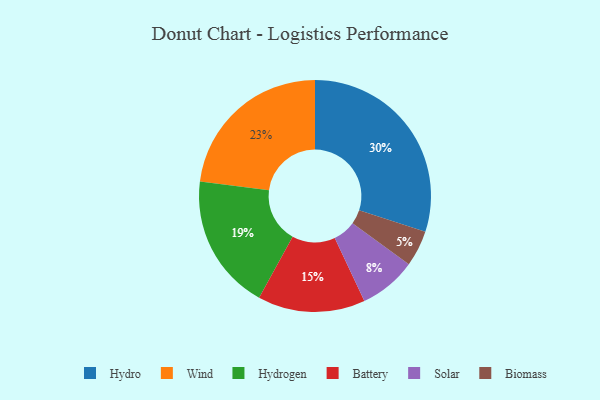
{"axis": {"x": "Category", "y": "Percentage"}, "legend": ["Battery", "Biomass", "Hydro", "Hydrogen", "Solar", "Wind"], "data": [{"x": "Biomass", "y": 5, "type": "Biomass"}, {"x": "Battery", "y": 15, "type": "Battery"}, {"x": "Hydro", "y": 30, "type": "Hydro"}, {"x": "Hydrogen", "y": 19, "type": "Hydrogen"}, {"x": "Solar", "y": 8, "type": "Solar"}, {"x": "Wind", "y": 23, "type": "Wind"}]}